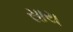
સાય